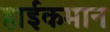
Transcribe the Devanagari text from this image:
हाईकमान